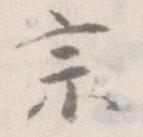
宗